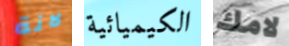
لانة الكيميائية لامك